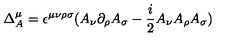
\Delta _ { A } ^ { \mu } = \epsilon ^ { \mu \nu \rho \sigma } ( A _ { \nu } \partial _ { \rho } A _ { \sigma } - { \frac { i } { 2 } } A _ { \nu } A _ { \rho } A _ { \sigma } )